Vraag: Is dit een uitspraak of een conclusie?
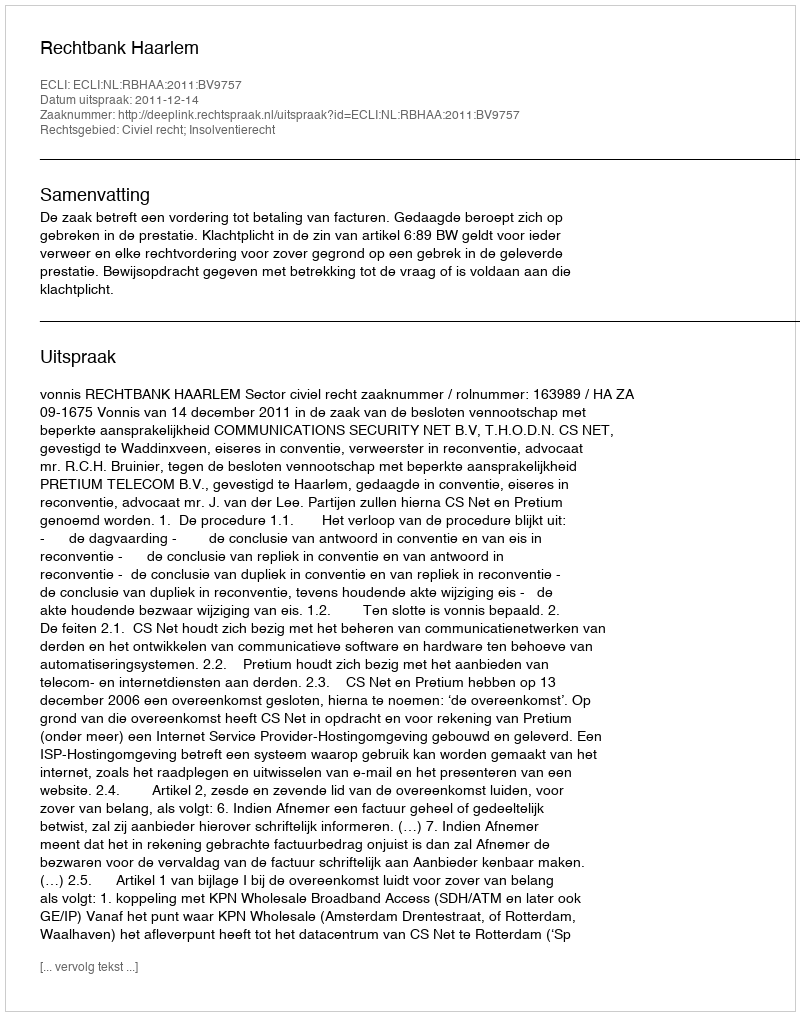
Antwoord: Uitspraak